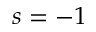
s = - 1